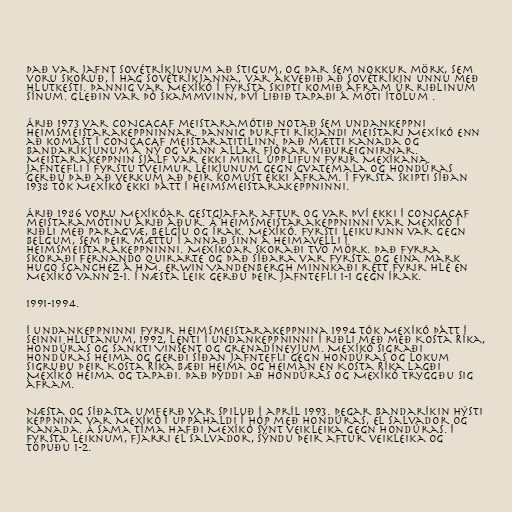
Það var jafnt Sovétríkjunum að stigum, og þar sem nokkur mörk, sem
voru skoruð, í hag Sovétríkjanna, var ákveðið að Sovétríkin unnu með
hlutkesti. Þannig var Mexíkó í fyrsta skipti komið áfram úr riðlinum
sínum. Gleðin var þó skammvinn, því liðið tapaði á móti Ítölum .

Árið 1973 var CONCACAF meistaramótið notað sem undankeppni
heimsmeistarakeppninnar. Þannig þurfti ríkjandi meistari Mexíkó enn
að komast í CONCACAF meistaratitilinn. Það mætti Kanada og
Bandaríkjunum á ný og vann allar fjórar viðureignirnar.
Meistarakeppnin sjálf var ekki mikil upplifun fyrir Mexíkana.
Jafntefli í fyrstu tveimur leikjunum gegn Gvatemala og Hondúras
gerðu það að verkum að þeir komust ekki áfram. Í fyrsta skipti síðan
1938 tók Mexíkó ekki þátt í Heimsmeistarakeppninni.

Árið 1986 voru Mexíkóar gestgjafar aftur og var því ekki í CONCACAF
meistaramótinu árið áður. Á heimsmeistarakeppninni var Mexíkó í
riðli með Paragvæ, Belgíu og Írak. Mexíkó. Fyrsti leikurinn var gegn
Belgum, sem þeir mættu í annað sinn á heimavelli í
heimsmeistarakeppninni. Mexíkóar skoraði tvö mörk. Það fyrra
skoraði Fernando Quirarte og það síðara var fyrsta og eina mark
Hugo Scanchez á HM. Erwin Vandenbergh minnkaði rétt fyrir hlé en
Mexíkó vann 2-1. Í næsta leik gerðu þeir jafntefli 1-1 gegn Írak.

1991-1994.

Í undankeppninni fyrir heimsmeistarakeppnina 1994 tók Mexíkó þátt í
seinni hlutanum, 1992, lenti í undankeppninni í riðli með með Kosta Ríka,
Hondúras og Sankti Vinsent og Grenadíneyjum. Mexíkó sigraði
Hondúras heima og gerði síðan jafntefli gegn Hondúras og lokum
sigruðu þeir Kosta Ríka bæði heima og heiman en Kosta Ríka lagði
Mexíkó heima og tapaði. Það þýddi að Hondúras og Mexíkó tryggðu sig
áfram.

Næsta og síðasta umferð var spiluð í apríl 1993. Þegar Bandaríkin hýsti
keppnina var Mexíkó í uppáhaldi í hóp með Hondúras, El Salvador og
Kanada. Á sama tíma hafði Mexíkó sýnt veikleika gegn Hondúras. Í
fyrsta leiknum, fjarri El Salvador, sýndu þeir aftur veikleika og
töpuðu 1-2.